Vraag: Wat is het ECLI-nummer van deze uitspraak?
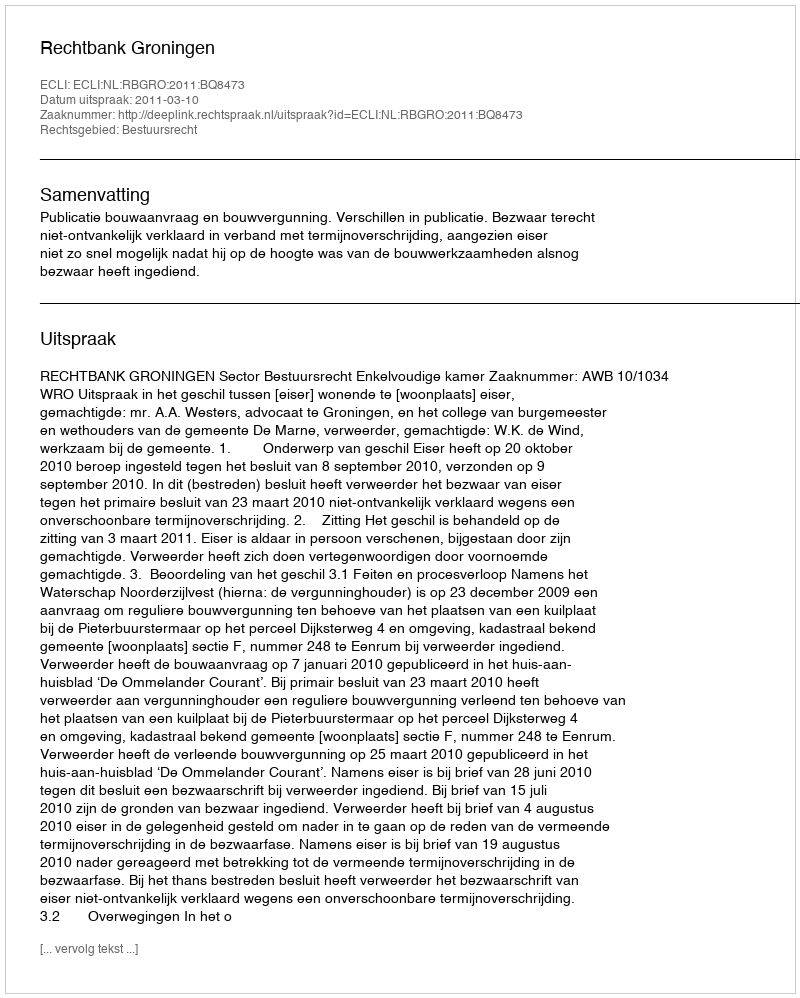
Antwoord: ECLI:NL:RBGRO:2011:BQ8473